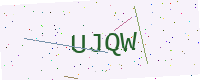
Text: UJQW